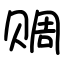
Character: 赒